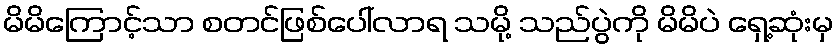
မိမိကြောင့်သာ စတင်ဖြစ်ပေါ်လာရ သမို့ သည်ပွဲကို မိမိပဲ ရှေ့ဆုံးမှ